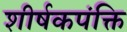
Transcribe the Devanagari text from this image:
शीर्षकपंक्ति